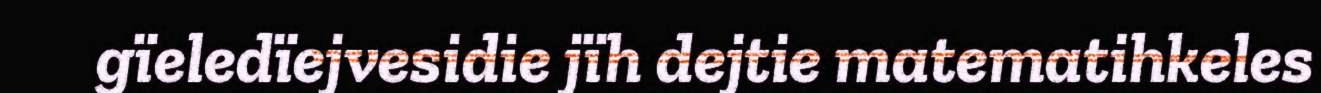
gïeledïejvesidie jïh dejtie matematihkeles